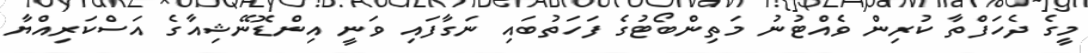
މީގެ ދެހަފްތާ ކުރިން ވެއްޓުނު މަތިންބޯޓުގެ ފަހަތުބައި ނަގާފައި ވަނީ އިންޑޮނޭޝިއާގެ އަސްކަރިއްޔާ